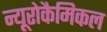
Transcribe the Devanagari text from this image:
न्यूरोकैमिकल